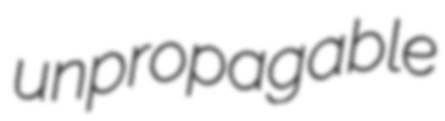
unpropagable